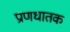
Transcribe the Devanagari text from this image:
प्राणधातक